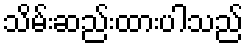
သိမ်းဆည်းထားပါသည်